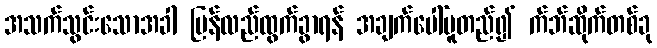
အသက်သွင်းသောအခါ ပြန်လည်ထွက်ခွာရန် အချက်ပေါ်မူတည်၍ က်ဘ်ဆိုက်တစ်ခု